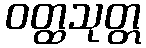
ဝတ္ထသုတ္တ